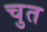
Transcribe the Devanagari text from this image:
चुत